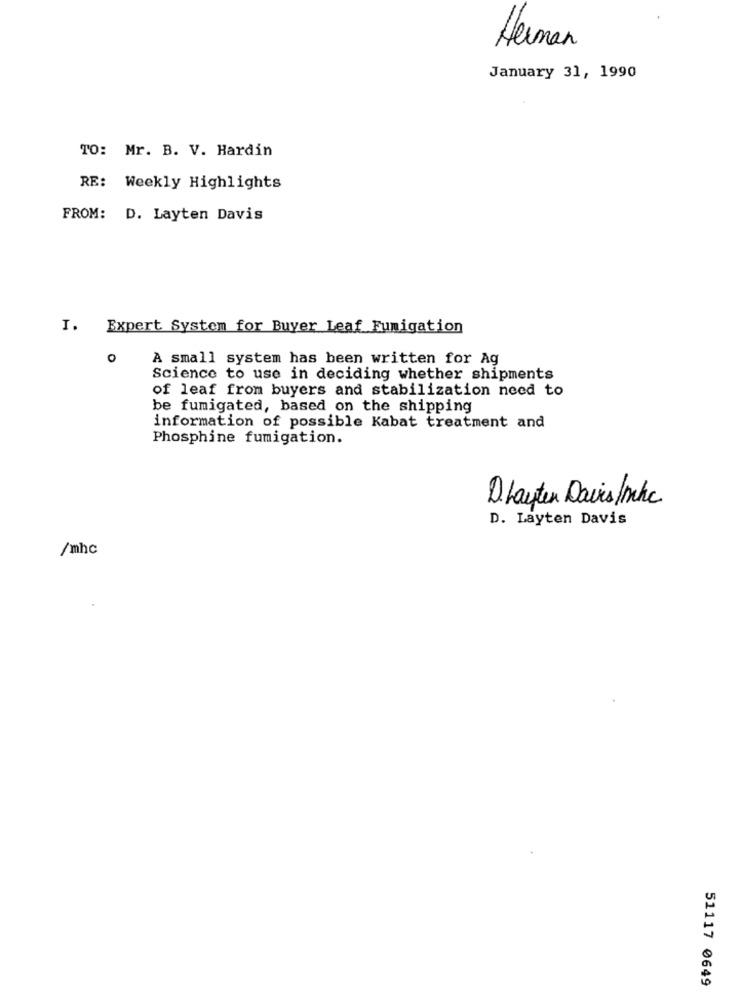
Herman
January 31, 1990
TO: Mr. B. V. Hardin
RE: Weekly Highlights
FROM: D. Layten Davis
I.
Expert System for Buyer Leaf Fumigation
0
A small system has been written for Ag
Science to use in deciding whether shipments
of leaf from buyers and stabilization need to
be fumigated, based on the shipping
information of possible Kabat treatment and
Phosphine fumigation.
Dlayten Davis Inkc
D. Layten Davis
/mhc
51117 0649